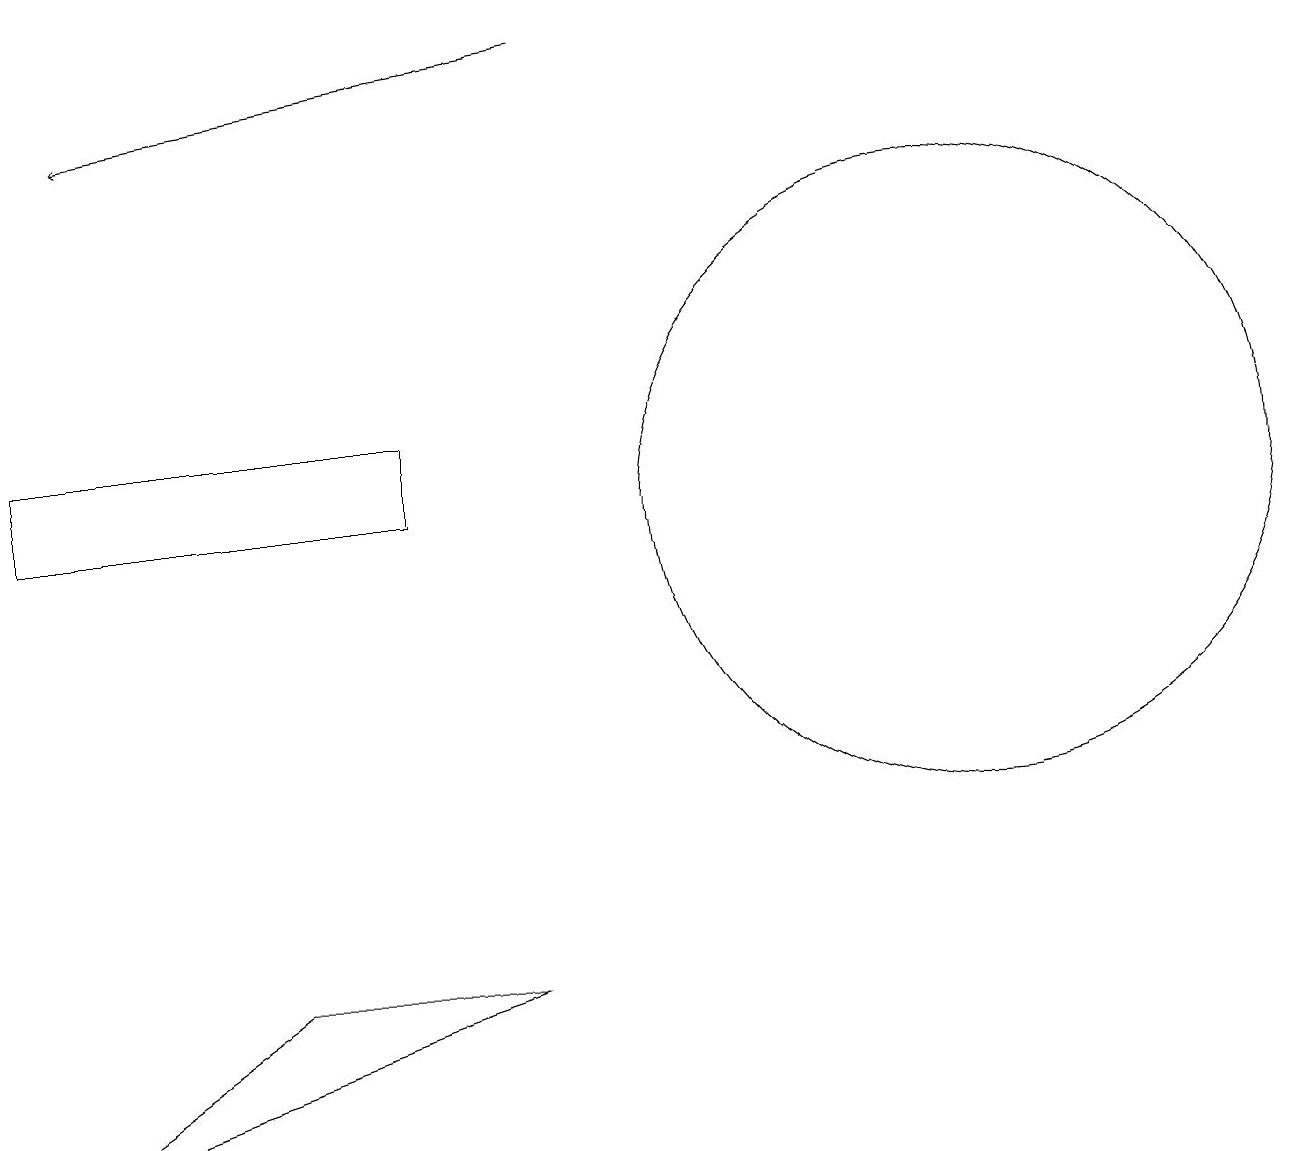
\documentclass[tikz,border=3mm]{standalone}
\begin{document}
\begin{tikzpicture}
\draw (12,10) circle (4);
\draw (3,4) -- (6,4) -- (0,2) -- cycle;
\draw[->] (7,16) -- (1,15);
\draw (5,11) rectangle (0,10);
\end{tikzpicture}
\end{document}